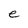
Character: e